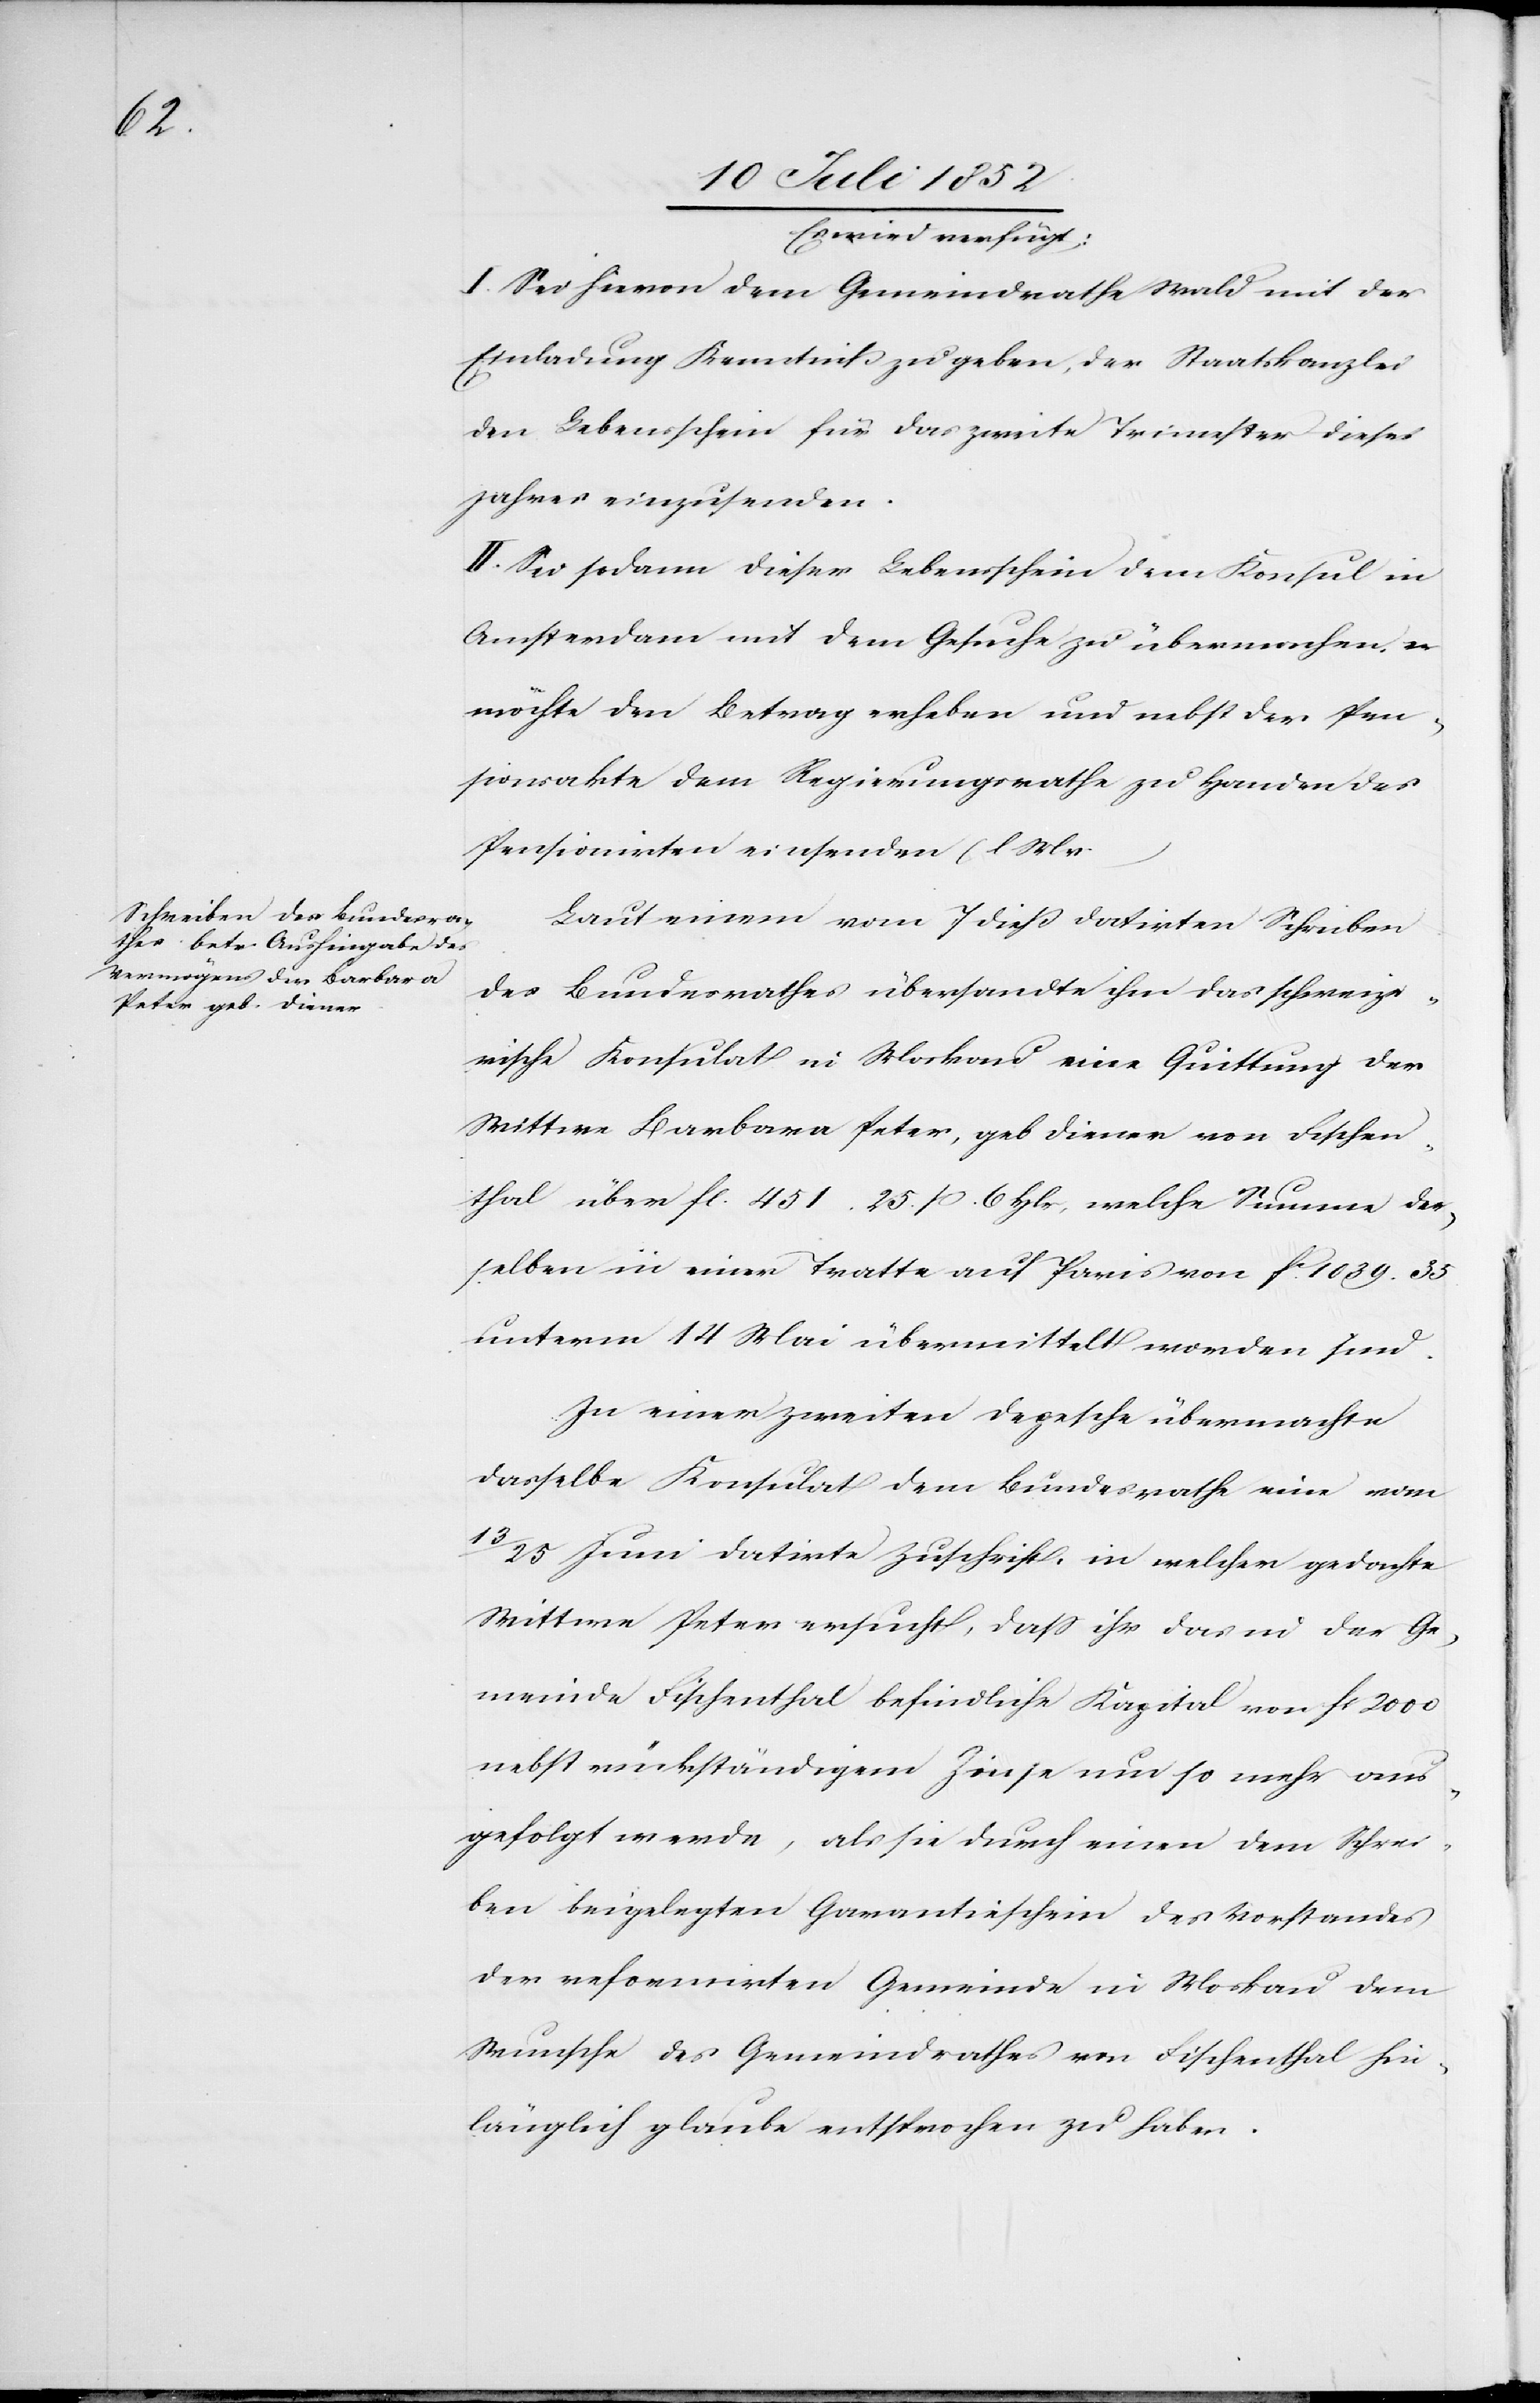
Es wird verfügt:
I. Sei hievon dem Gemeindrathe Wald mit der
Einladung Kenntniß zu geben, der Staatskanzlei
den Lebensschein für das zweite Trimester dieses
Jahres einzusenden.
II. Sei sodann dieser Lebensschein dem Konsul in
Amsterdam mit dem Gesuche zu übermachen, er
möchte den Betrag erheben und nebst der Pen¬
sionsakte dem Regierungsrathe zu Handen des
Pensionirten einsenden (l M v.
Laut einem vom 7 dieß datirten Schreiben
des Bundesrathes übersandte ihm das schweize¬
rische Konsulat in Moskau eine Quittung der
Wittwe Barbara Peter, geb Diener von Fischen¬
thal über fl. 451. 25. ß. 6 Hlr, welche Summe der¬
selben in einer Tratte auf Paris von f[?c]. 1039. 35.
unterm 14 Mai übermittelt worden sind
In einer zweiten Depesche übermachte
dasselbe Konsulat dem Bundesrathe eine vom
25 Juni datirte Zuschrift, in welcher gedachte
Wittwe Peter ersucht, dass ihr das in der Ge¬
meinde Fischenthal befindliche Kapital von fl 2000
nebst rückständigem Zinse um so mehr aus¬
gefolgt werde, als sie durch einen dem Schrei¬
ben beigelegten Garantieschein des Vorstandes
der reformirten Gemeinde in Moskau dem
Wunsche des Gemeindrathes von Fischenthal hin¬
länglich glaube entsprochen zu haben.